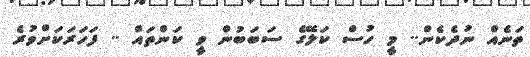
ތަނެއް ނުދެކެން.. މީ ހުސް ކަލޭގެ ސަބަބުން ވީ ކަންތައް .. ފަހަރަކަށްވުރެ